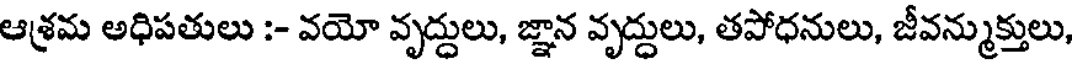
ఆశ్రమ అధిపతులు :- వయో వృద్దులు, జ్ఞాన వృద్దులు, తపోధనులు, జీవన్ముక్తులు,